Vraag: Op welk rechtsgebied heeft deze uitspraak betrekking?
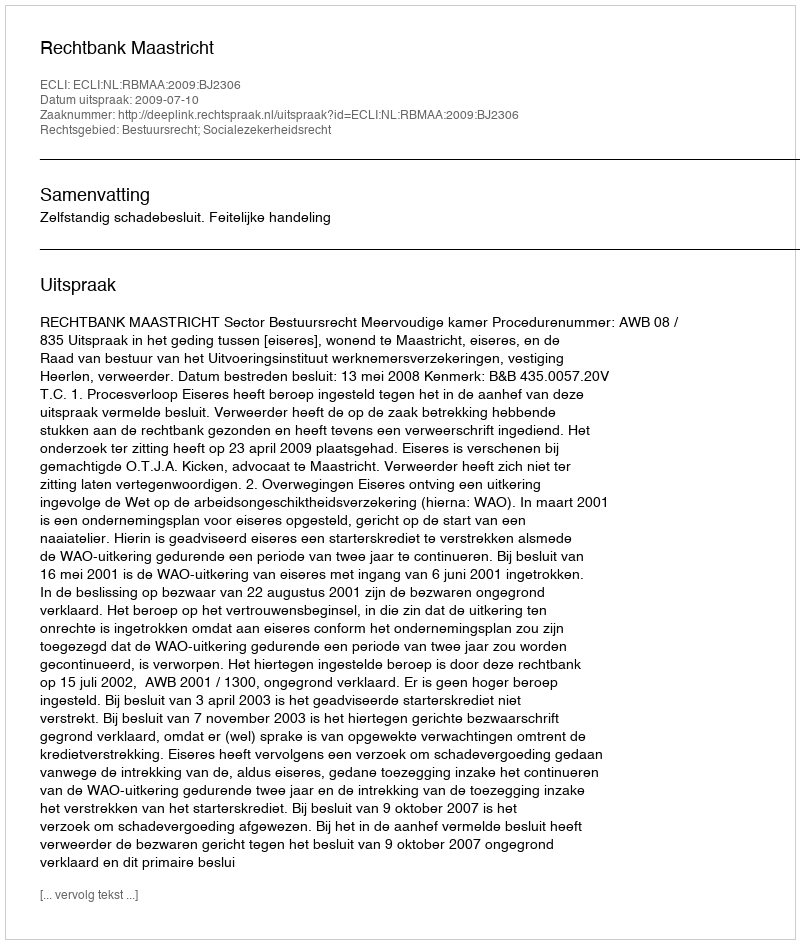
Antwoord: Bestuursrecht; Socialezekerheidsrecht